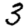
Digit: 3